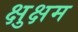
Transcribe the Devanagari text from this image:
क्षुक्षम